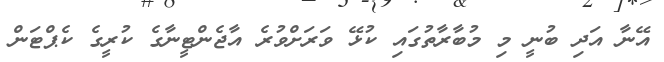
އޭނާ އަދި ބުނީ މި މުބާރާތުގައި ކުޅޭ ވަރަށްވުރެ އާޖެންޓީނާގެ ކުރީގެ ކެޕްޓަން